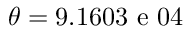
\theta = 9 . 1 6 0 3 \mathrm { ~ e ~ } 0 4